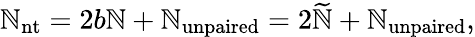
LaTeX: \mathbb{N}_{\mathrm{{nt}}}=2{b}\mathbb{N}+\mathbb{N}_{\mathrm{{unpaired}}}=2\widetilde{{\mathbb{N}}}+\mathbb{N}_{\mathrm{{unpaired}}},